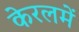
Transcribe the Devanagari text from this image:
केरलमें